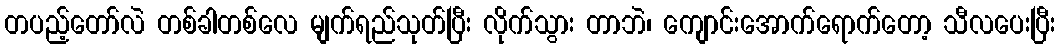
တပည့်တော်လဲ တစ်ခါတစ်လေ မျက်ရည်သုတ်ပြီး လိုက်သွား တာဘဲ၊ ကျောင်းအောက်ရောက်တော့ သီလပေးပြီး